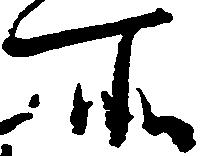
所